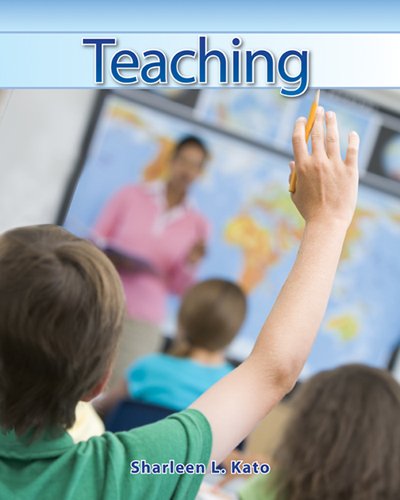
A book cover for Teaching; Sharleen L. Kato Ed.D.; Teen & Young Adult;